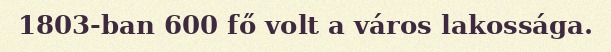
1803-ban 600 fő volt a város lakossága.